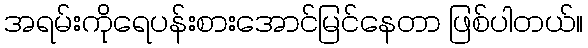
အရမ်းကိုရေပန်းစားအောင်မြင်နေတာ ဖြစ်ပါတယ်။